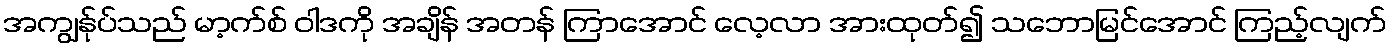
အကျွန်ုပ်သည် မာ့က်စ် ဝါဒကို အချိန် အတန် ကြာအောင် လေ့လာ အားထုတ်၍ သဘောမြင်အောင် ကြည့်လျက်